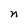
Character: n